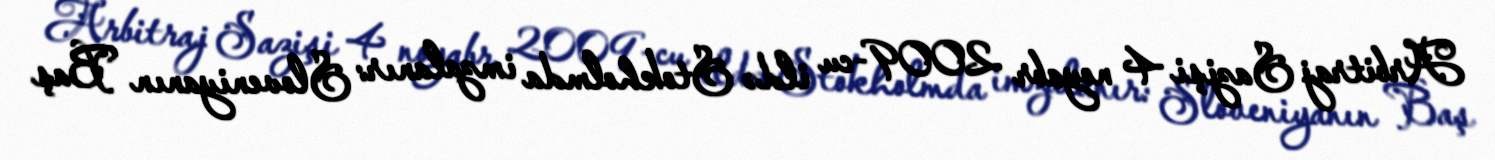
Arbitraj Sazişi 4 noyabr 2009-cu ildə Stokholmda imzalanır: Sloveniyanın Baş